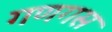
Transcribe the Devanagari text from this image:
गणगस